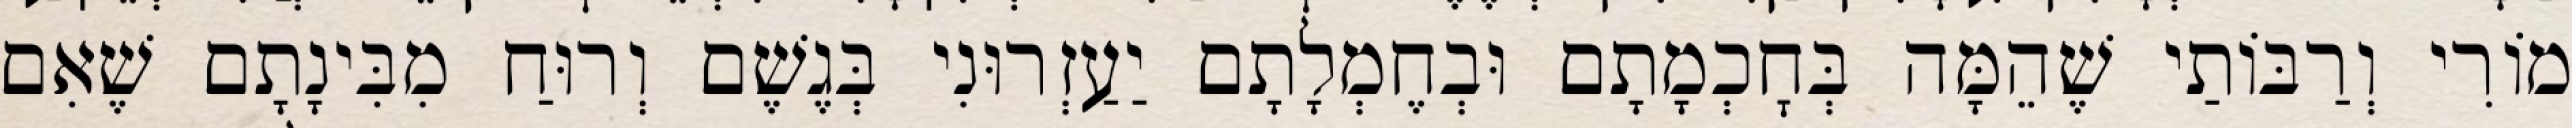
מוֹרִי וְרַבּוֹתַי שֶׁהֵמָּה בְּחׇכְמָתָם וּבְחֶמְלָתָם יַעַזְרוּנִי בְּגֶשֶׁם וְרוּחַ מִבִּינָתָם שֶׁאִם